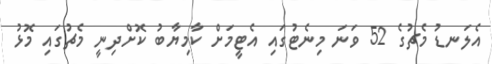
އެލަނޑު މެޗުގެ 52 ވަނަ މިނެޓުގައި އެޓީމަށް ކާމިޔާބު ކޮށްދިނީ މެޗުގައި މޮޅު